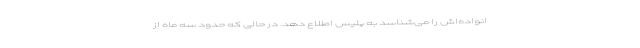
انواده‌اش را می‌شناسد به پلیس اطلاع دهد. در حالی که حدود سه ماه از